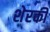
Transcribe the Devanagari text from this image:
शेरकी